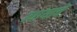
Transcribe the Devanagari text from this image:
त्यांयाचे